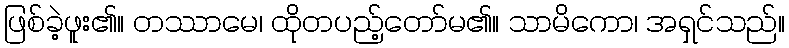
ဖြစ်ခဲ့ဖူး၏။ တဿာမေ၊ ထိုတပည့်တော်မ၏။ သာမိကော၊ အရှင်သည်။